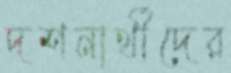
দশনার্থীদের